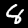
Digit: 8